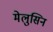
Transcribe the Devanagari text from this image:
मेलुसिन